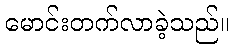
မောင်းတက်လာခဲ့သည်။